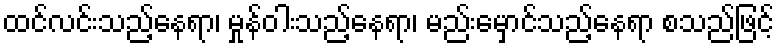
ထင်လင်းသည့်နေရာ၊ မှုန်ဝါးသည့်နေရာ၊ မည်းမှောင်သည့်နေရာ စသည်ဖြင့်